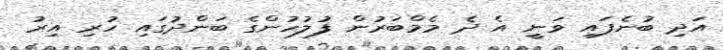
އަދި ބުނެފައި ވަނީ އެ ދެ މެމްބަރުން ފުލުހުންގެ ބަންދުގައި ހުރި އިރު